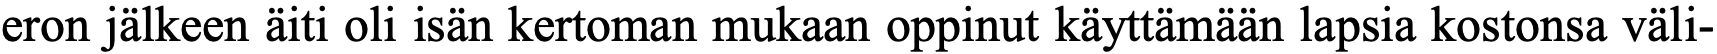
eron jälkeen äiti oli isän kertoman mukaan oppinut käyttämään lapsia kostonsa väli-